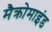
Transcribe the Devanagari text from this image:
मैक्रोमाइंड